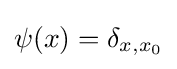
\psi (x)=\delta _{x,x_{0}}